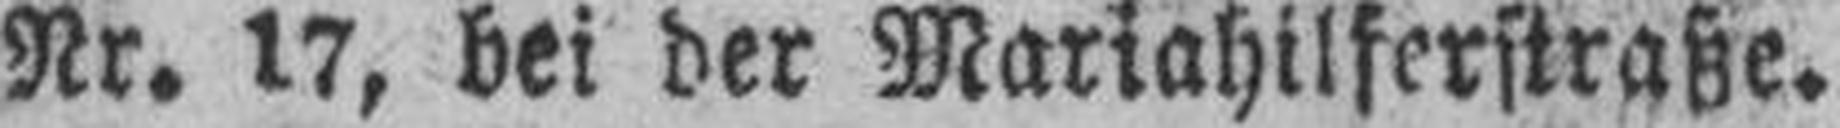
Nr. 17, bei der Mariahilferstraße.